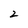
Character: 2